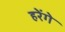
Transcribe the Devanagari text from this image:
हरेंगे